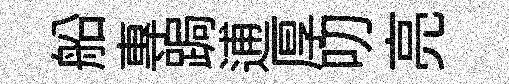
船專跼逋厚叨亮